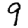
Digit: 9